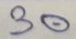
30